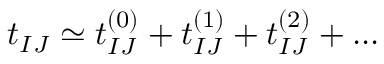
t _ { I J } \simeq t _ { I J } ^ { ( 0 ) } + t _ { I J } ^ { ( 1 ) } + t _ { I J } ^ { ( 2 ) } + . . .